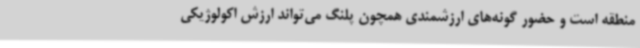
منطقه است و حضور گونه‌های ارزشمندی همچون پلنگ می‌تواند ارزش اکولوژیکی